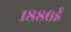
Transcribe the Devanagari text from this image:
१८८६ई